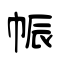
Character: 帪